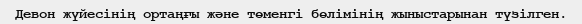
Девон жүйесінің ортаңғы және төменгі бөлімінің жыныстарынан түзілген.